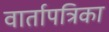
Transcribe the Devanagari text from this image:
वार्तापत्रिका